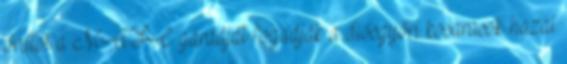
órától a MAFC gárdáját fogadják a diósgyőri kosarasok hazai